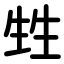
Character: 甡